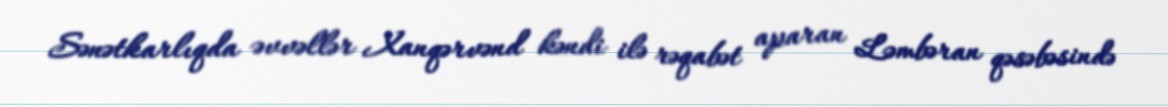
Sənətkarlıqda əvvəllər Xanqərvənd kəndi ilə rəqabət aparan Ləmbəran qəsəbəsində